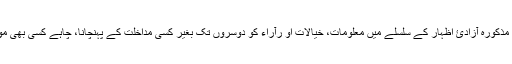
شق نمبر ۲ میں مذکورہ آزادئ اظہار کے سلسلے میں معلومات، خیالات او رآراء کو دوسروں تک بغیر کسی مداخلت کے پہنچانا، چاہے کسی بھی مواد پر مبنی ہوں۔